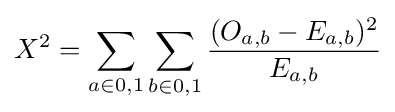
X^{2}=\sum _{a\in {0,1}}{\sum _{b\in {0,1}}{\frac {(O_{a,b}-E_{a,b})^{2}}{E_{a,b}}}}